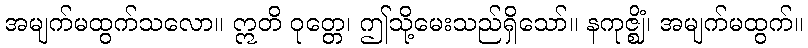
အမျက်မထွက်သလော။ ဣတိ ဝုတ္တေ၊ ဤသို့မေးသည်ရှိသော်။ နကုဇ္ဈိံ၊ အမျက်မထွက်။